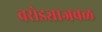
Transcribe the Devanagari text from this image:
वरोड्याजवळ